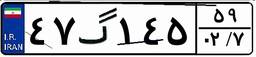
۴۷گ۱۴۵۵۹